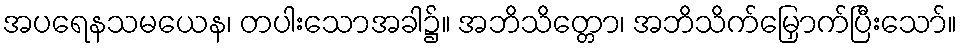
အပရေနသမယေန၊ တပါးသောအခါ၌။ အဘိသိတ္တော၊ အဘိသိက်မြှောက်ပြီးသော်။